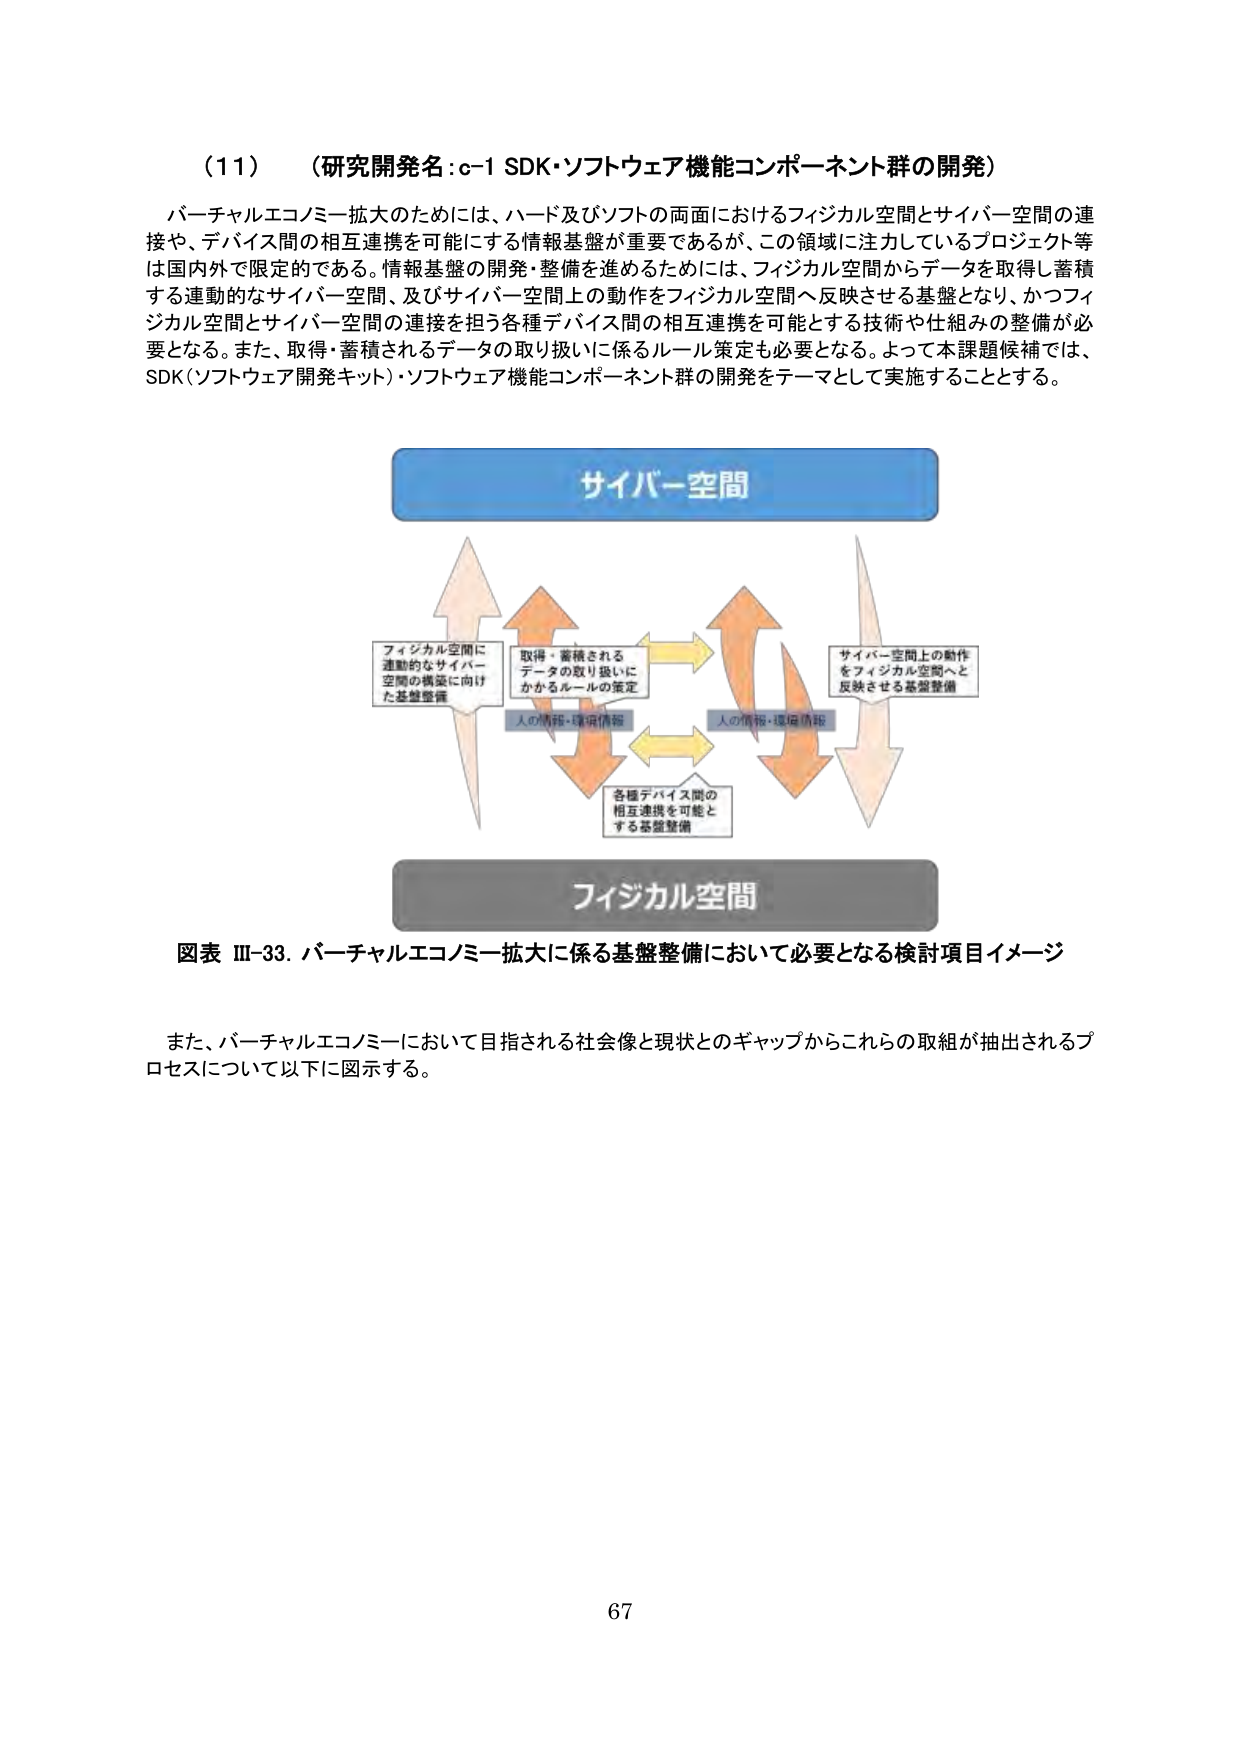
（11）（研究開発名：c-1 SDK・ソフトウェア機能コンポーネント群の開発）

バーチャルエコノミー拡大のためには、ハード及びソフトの両面におけるフィジカル空間とサイバー空間の連接や、デバイス間の相互連携を可能にする情報基盤が重要であるが、この領域に注力しているプロジェクト等は国内外で限定的である。情報基盤の開発・整備を進めるためには、フィジカル空間からデータを取得し蓄積する連動的なサイバー空間、及びサイバー空間上の動作をフィジカル空間へ反映させる基盤となり、かつフィジカル空間とサイバー空間の連接を担う各種デバイス間の相互連携を可能とする技術や仕組みの整備が必要となる。また、取得・蓄積されるデータの取り扱いに係るルール策定も必要となる。よって本課題候補では、SDK（ソフトウェア開発キット）・ソフトウェア機能コンポーネント群の開発をテーマとして実施することとする。

サイバー空間

フィジカル空間に連動的なサイバー空間の構築に向けた基盤整備

取得・蓄積されるデータの取り扱いにかかるルールの策定

人の情報・環境情報

人の情報・環境情報

各種デバイス間の相互連携を可能とする基盤整備

サイバー空間上の動作をフィジカル空間へと反映させる基盤整備

フィジカル空間

図表 III-33. バーチャルエコノミー拡大に係る基盤整備において必要となる検討項目イメージ

また、バーチャルエコノミーにおいて目指される社会像と現状とのギャップからこれらの取組が抽出されるプロセスについて以下に図示する。

67